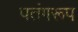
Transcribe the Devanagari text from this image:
पतंगरूप